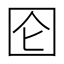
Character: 囵